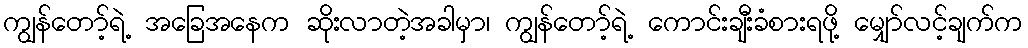
ကျွန်တော့်ရဲ့ အခြေအနေက ဆိုးလာတဲ့အခါမှာ၊ ကျွန်တော့်ရဲ့ ကောင်းချီးခံစားရဖို့ မျှော်လင့်ချက်က